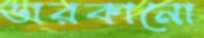
ডারকানো